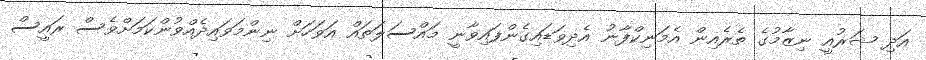
އަދި ޝަރުއީ ނިޒާމުގެ ތެރެއިން އެމަނިކްފާނު އެދިވަޑައިގެންފައިވާނީ މައްސަލަތައް އަވަހަށް ނިންމަވައިދެއްވުންކަމަށްވެސް ރައީސް